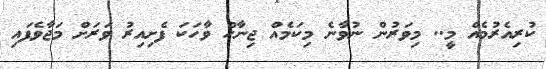
ކުރިއެރުމެއް މީ.. މިވަރުން ނުވާނެ މިކަމެއް ޖިނާހް ވާހަކަ ފެށިއިރު ވަރަށް މަޖާވެފައި